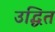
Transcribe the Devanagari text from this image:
उद्धित